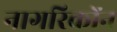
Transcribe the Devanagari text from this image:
नागरिकोंन